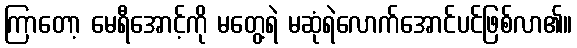
ကြာတော့ မေရီအောင့်ကို မတွေ့ရဲ မဆုံရဲလောက်အောင်ပင်ဖြစ်လာ၏။